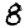
Digit: 8